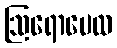
ဩရောပေထ